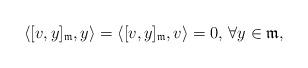
LaTeX: \begin{align*}\langle [v,y]_\mathfrak{m},y\rangle=\langle[v,y]_\mathfrak{m},v\rangle=0,\, \forall y\in\mathfrak{m},\end{align*}